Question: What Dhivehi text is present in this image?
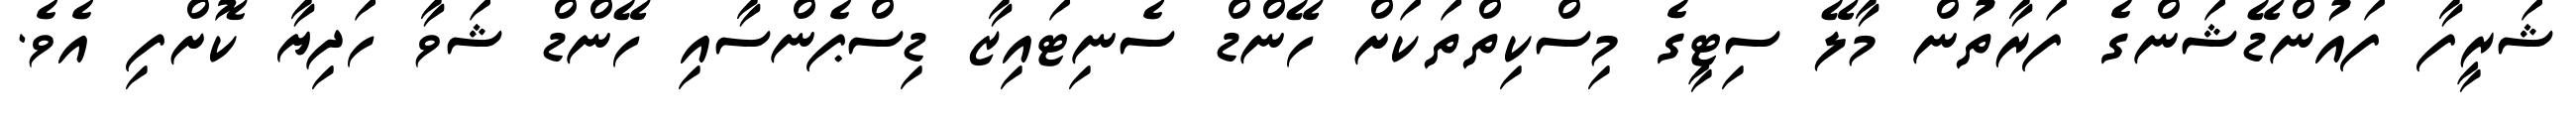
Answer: ޝަރީފާ ފައުންޑޭޝަންގެ ފަރާތުން މާލޭ ސިޓީގެ މިސްކިތްތަކަށް ހޭންޑް ސެނިޓައިޒާ ޑިސްޕެންސާއި ހޭންޑް ޝަވާ ހަދިޔާ ކޮށްފި އެވެ.